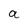
Character: a